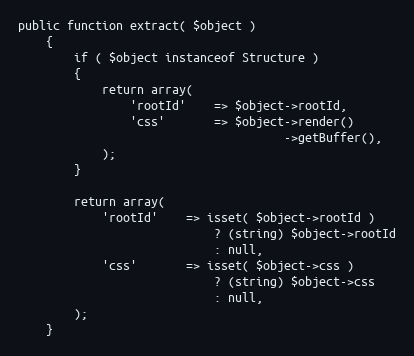
Language: PHP
public function extract( $object )
    {
        if ( $object instanceof Structure )
        {
            return array(
                'rootId'    => $object->rootId,
                'css'       => $object->render()
                                      ->getBuffer(),
            );
        }

        return array(
            'rootId'    => isset( $object->rootId )
                            ? (string) $object->rootId
                            : null,
            'css'       => isset( $object->css )
                            ? (string) $object->css
                            : null,
        );
    }